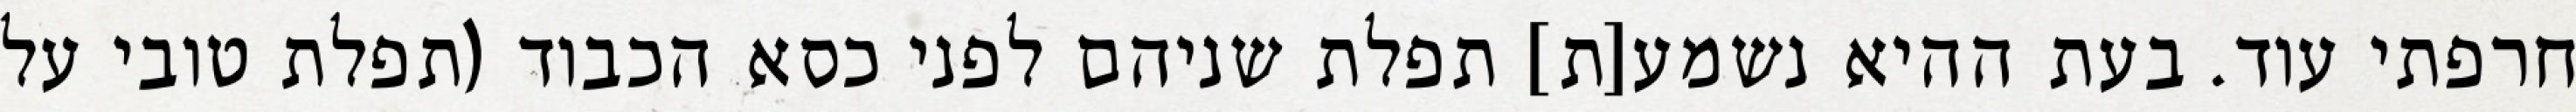
חרפתי עוד. בעת ההיא נשמע[ת] תפלת שניהם לפני כסא הכבוד (תפלת טובי על